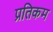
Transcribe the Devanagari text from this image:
प्रतिकम